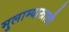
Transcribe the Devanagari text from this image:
मुलाम्याखाली